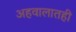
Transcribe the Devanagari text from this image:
अहवालातही